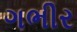
ગભીર